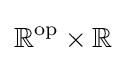
\mathbb {R} ^{\text{op}}\times \mathbb {R}